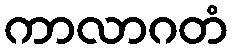
ကာလာဂတံ